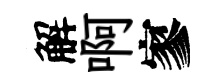
解啊寥